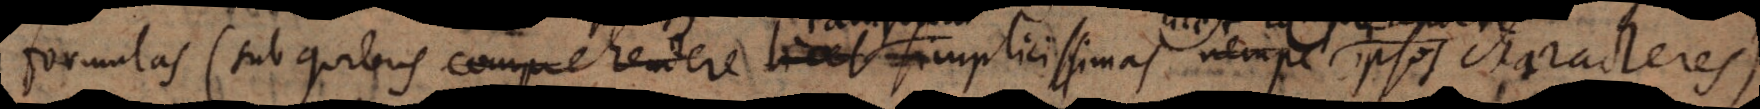
formulas (sub quibus comprehendere licet simplicissimas nempe tanquam